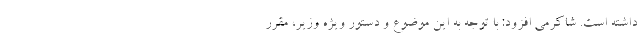
داشته است. شاکرمی افزود: با توجه به این موضوع و دستور ویژه وزیر، مقرر